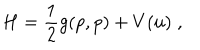
H = \frac { 1 } { 2 } g ( p , p ) + V ( u ) \; ,